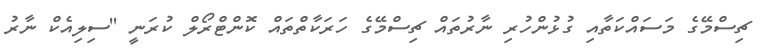
ޗިސްމޭގެ މަސައްކަތާއި ގުޅުންހުރި ނާރުތައް ޗިސްމޭގެ ހަރަކާތްތައް ކޮންޓްރޯލް ކުރަނީ ''ސިލިއެކް ނާރު